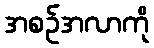
အစဉ်အလာကို